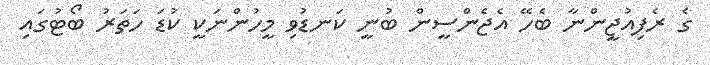
ގެ ރެފިއުޖީންނާ ބެހޭ އެެޖެންސީން ބުނީ ކަނޑުވި މީހުންނަކީ ކުޑަ ހަތަރު ބޯޓުގައި